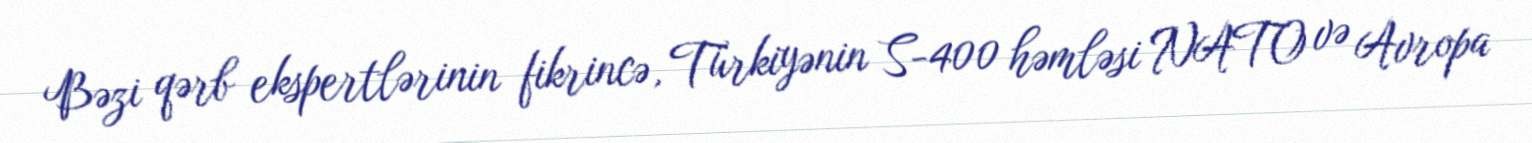
Bəzi qərb ekspertlərinin fikrincə, Türkiyənin S-400 həmləsi NATO və Avropa